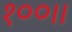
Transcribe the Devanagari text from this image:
१००।।